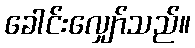
ခေါင်းလျှော်သည်။